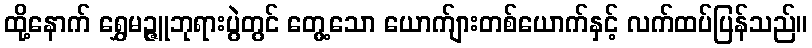
ထို့နောက် ရွှေမဉ္ဇူဘုရားပွဲတွင် တွေ့သော ယောက်ျားတစ်ယောက်နှင့် လက်ထပ်ပြန်သည်။